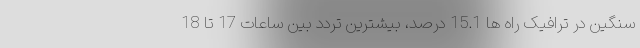
سنگین در ترافیک راه ها 15.1 درصد، بیشترین تردد بین ساعات 17 تا 18